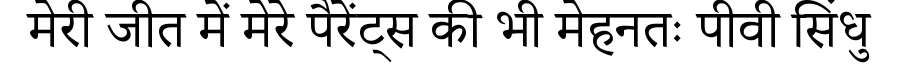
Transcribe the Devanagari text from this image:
मेरी जीत में मेरे पैरेंट्स की भी मेहनतः पीवी सिंधु